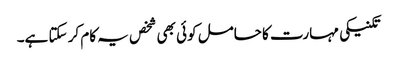
تکنیکی مہارت کا حامل کوئی بھی شخص یہ کام کر سکتا ہے۔